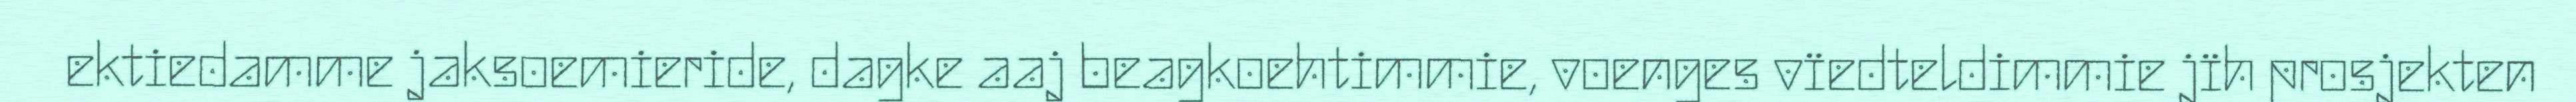
ektiedamme jaksoemieride, dagke aaj beagkoehtimmie, voenges vïedteldimmie jïh prosjekten